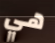
هي